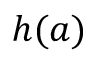
\boldsymbol { h } ( \boldsymbol { a } )